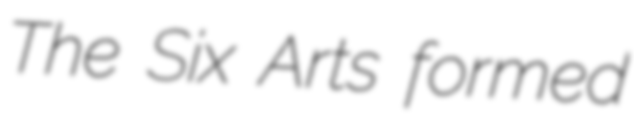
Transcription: The Six Arts formed